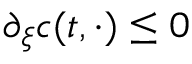
\partial _ { \xi } c ( t , \cdot ) \leq 0